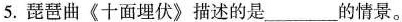
5.琵琶曲《十面埋伏》描述的是___的情景。